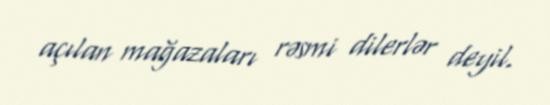
açılan mağazaları rəsmi dilerlər deyil.